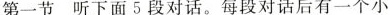
第一节 听下面 5 段对话。每段对话后有一个小